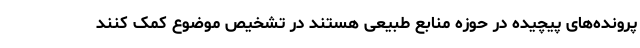
پرونده‌های پیچیده در حوزه منابع طبیعی هستند در تشخیص موضوع کمک کنند